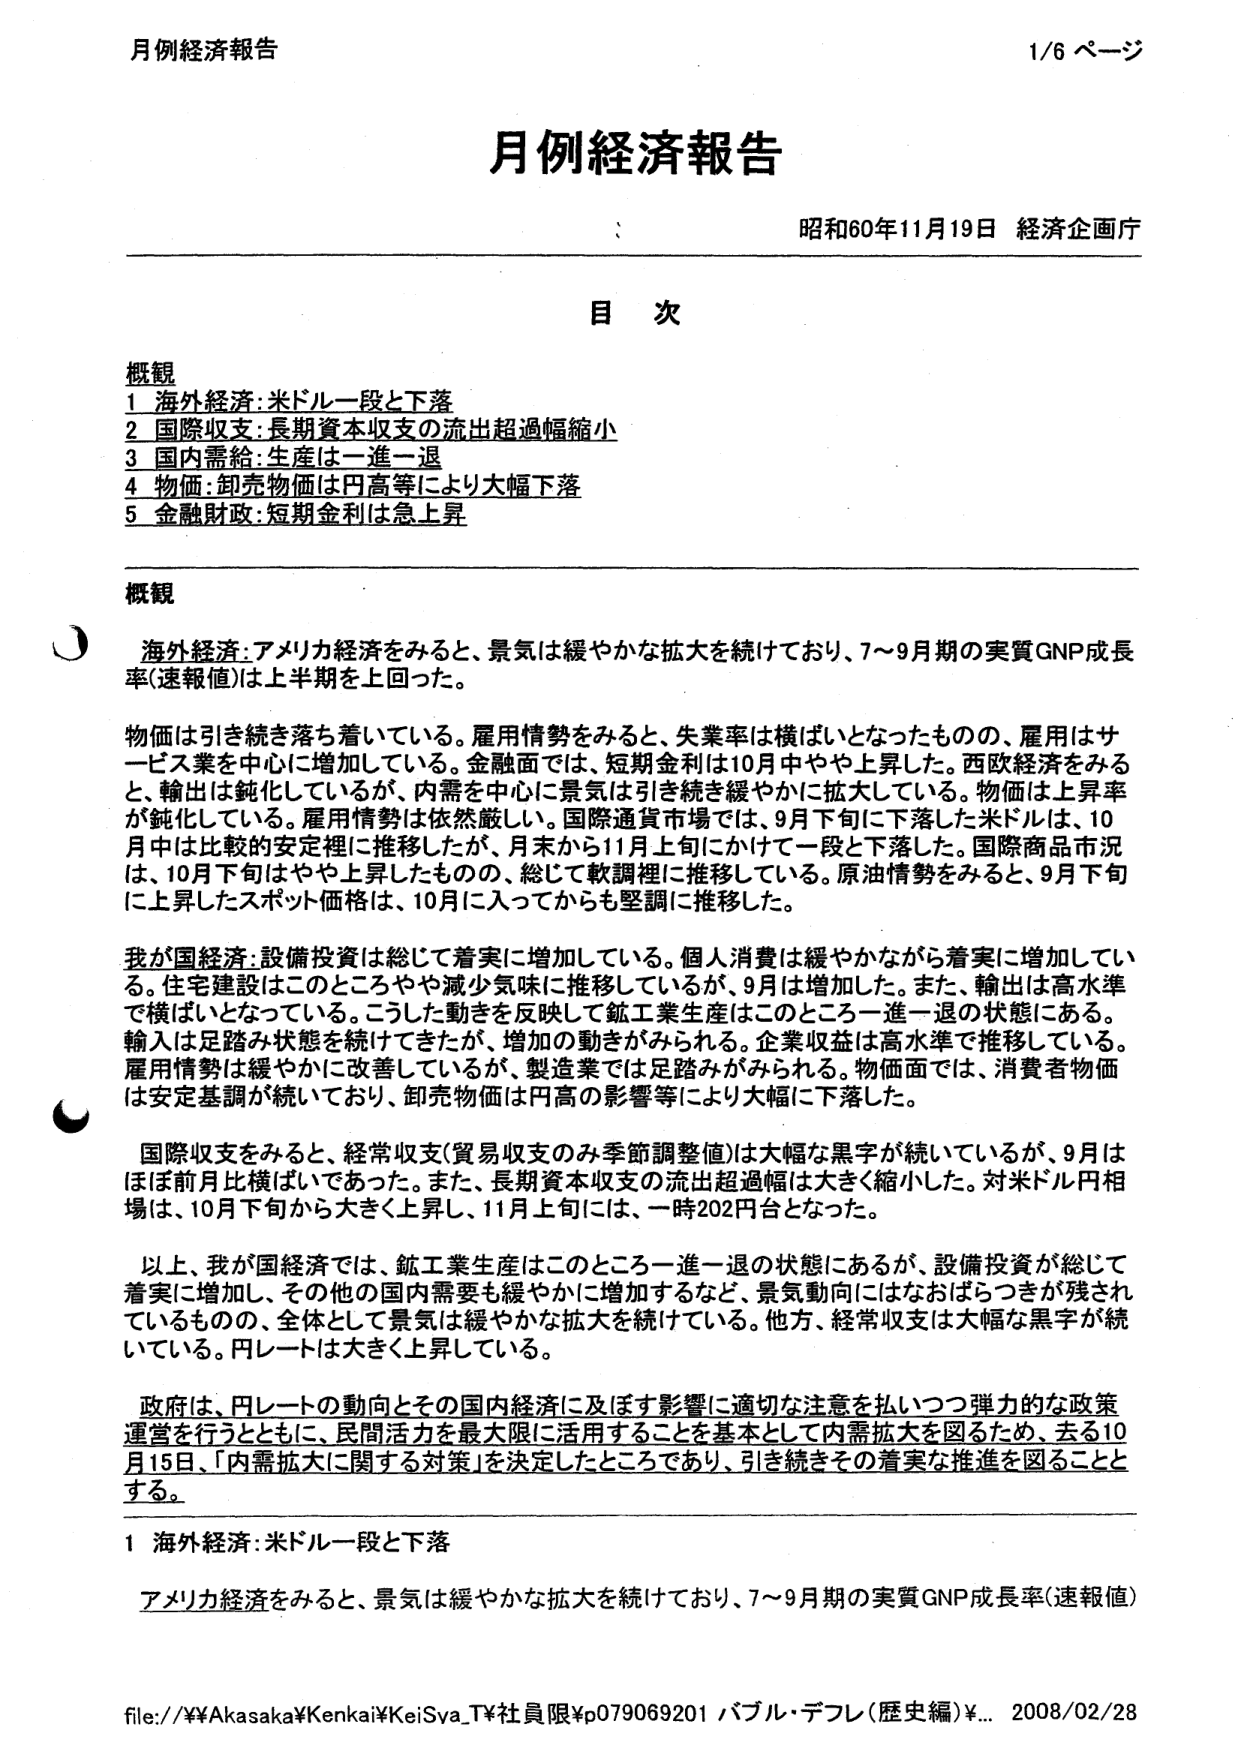
月例経済報告
1/6 ページ

月例経済報告
昭和60年11月19日 経済企画庁

目 次

概観
1 海外経済：米ドル一段と下落
2 国際収支：長期資本収支の流出超過幅縮小
3 国内需給：生産は一進一退
4 物価：卸売物価は円高等により大幅下落
5 金融財政：短期金利は急上昇

概観

海外経済：アメリカ経済をみると、景気は緩やかな拡大を続けており、7～9月期の実質GNP成長率（速報値）は上半期を上回った。

物価は引き続き落ち着いている。雇用情勢をみると、失業率は横ばいとなったものの、雇用はサービス業を中心に増加している。金融面では、短期金利は10月中やや上昇した。西欧経済をみると、輸出は鈍化しているが、内需を中心に景気は引き続き緩やかに拡大している。物価は上昇率が鈍化している。雇用情勢は依然厳しい。国際通貨市場では、9月下旬に下落した米ドルは、10月中は比較的安定裡に推移したが、月末から11月上旬にかけて一段と下落した。国際商品市況は、10月下旬はやや上昇したものの、総じて軟調裡に推移している。原油情勢をみると、9月下旬に上昇したスポット価格は、10月に入ってからも堅調に推移した。

我が国経済：設備投資は総じて着実に増加している。個人消費は緩やかながら着実に増加している。住宅建設はこのところやや減少気味に推移しているが、9月は増加した。また、輸出は高水準で横ばいとなっている。こうした動きを反映して鉱工業生産はこのところ一進一退の状態にある。輸入は足踏み状態を続けてきたが、増加の動きがみられる。企業収益は高水準で推移している。雇用情勢は緩やかに改善しているが、製造業では足踏みがみられる。物価面では、消費者物価は安定基調が続いており、卸売物価は円高の影響等により大幅に下落した。

国際収支をみると、経常収支（貿易収支のみ季節調整値）は大幅な黒字が続いているが、9月はほぼ前月比横ばいであった。また、長期資本収支の流出超過幅は大きく縮小した。対米ドル円相場は、10月下旬から大きく上昇し、11月上旬には、一時202円台となった。

以上、我が国経済では、鉱工業生産はこのところ一進一退の状態にあるが、設備投資が総じて着実に増加し、その他の国内需要も緩やかに増加するなど、景気動向にはなおばらつきが残されているものの、全体として景気は緩やかな拡大を続けている。他方、経常収支は大幅な黒字が続いている。円レートは大きく上昇している。

政府は、円レートの動向とその国内経済に及ぼす影響に適切な注意を払いつつ弾力的な政策運営を行うとともに、民間活力を最大限に活用することを基本として内需拡大を図るため、去る10月15日、「内需拡大に関する対策」を決定したところであり、引き続きその着実な推進を図ることとする。

1 海外経済：米ドル一段と下落

アメリカ経済をみると、景気は緩やかな拡大を続けており、7～9月期の実質GNP成長率（速報値）

file://¥¥Akasaka¥Kenkai¥KeiSya_T¥社員限¥p079069201 バブル・デフレ（歴史編）¥... 2008/02/28